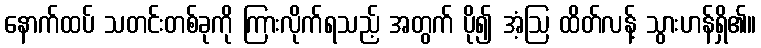
နောက်ထပ် သတင်းတစ်ခုကို ကြားလိုက်ရသည့် အတွက် ပို၍ အံ့ဩ ထိတ်လန့် သွားဟန်ရှိ၏။